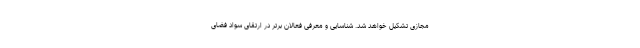
مجازی تشکیل خواهد شد. شناسایی و معرفی فعالان برتر در ارتقای سواد فضای